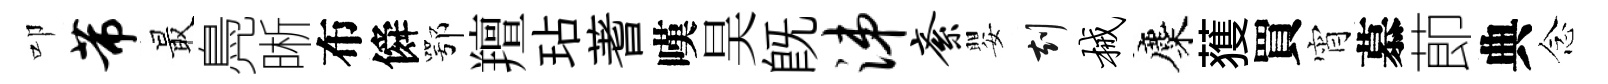
叩芾最鳧晰布僢鄂羶玷蓍嘆昊既涕紊嬰刻械麋𫉬買宵慕莭典念